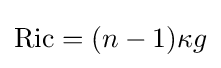
\operatorname {Ric} =(n-1)\kappa g